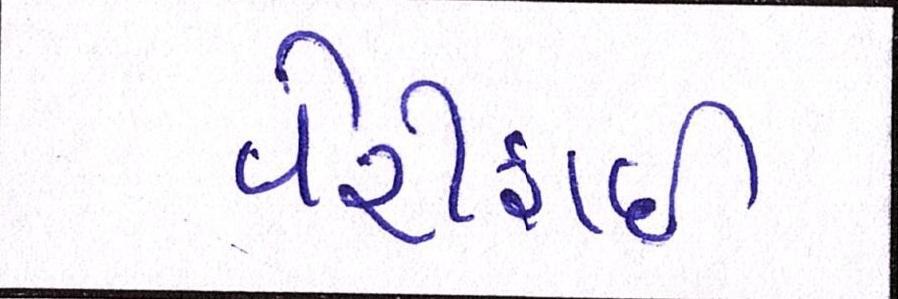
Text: વેરીફાઈ